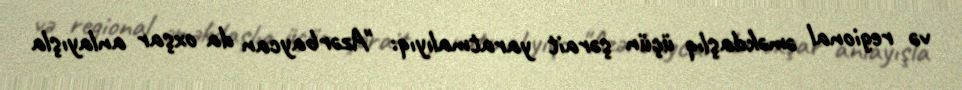
və regional əməkdaşlıq üçün şərait yaratmalıyıq: "Azərbaycan da oxşar anlayışla